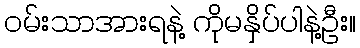
ဝမ်းသာအားရနဲ့ ကိုမနှိပ်ပါနဲ့ဦး။